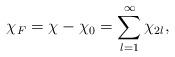
LaTeX: \begin{align*}\chi_F=\chi-\chi_0=\sum_{l=1}^{\infty}\chi_{2l},\end{align*}